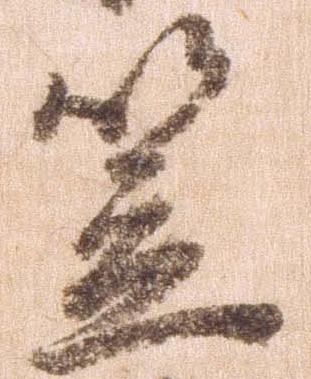
笠